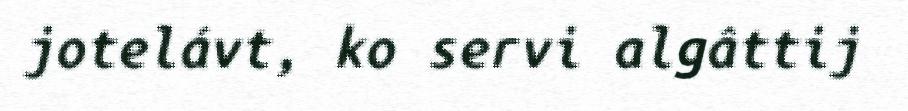
jotelávt, ko servi algâttij